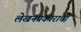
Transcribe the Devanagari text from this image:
लेखनप्रकाराची